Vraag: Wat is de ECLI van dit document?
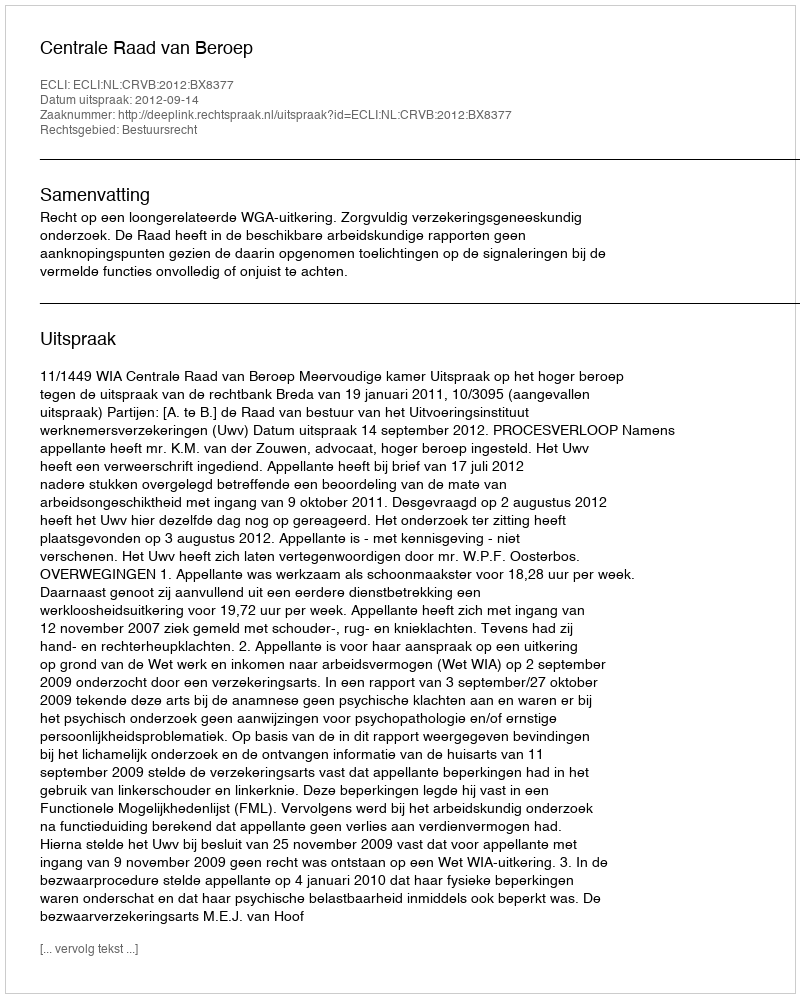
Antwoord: ECLI:NL:CRVB:2012:BX8377